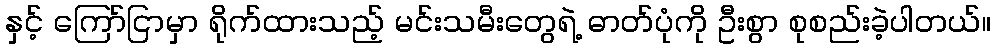
နှင့် ကြော်ငြာမှာ ရိုက်ထားသည့် မင်းသမီးတွေရဲ့ ဓာတ်ပုံကို ဦးစွာ စုစည်းခဲ့ပါတယ်။